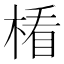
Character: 𣕻